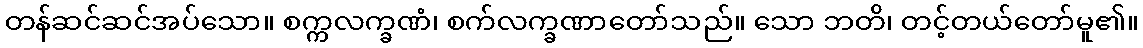
တန်ဆင်ဆင်အပ်သော။ စက္ကလက္ခဏံ၊ စက်လက္ခဏာတော်သည်။ သော ဘတိ၊ တင့်တယ်တော်မူ၏။